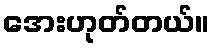
အေးဟုတ်တယ်။